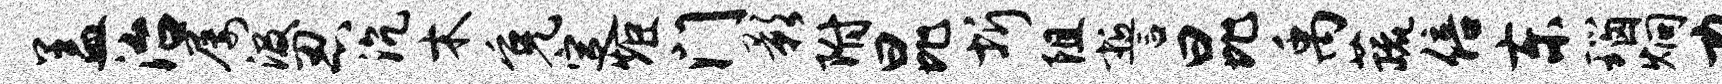
盖治屡汲忍沉木免定炬门影附昆圻阻誓昆禹蔬倍东瑙炯力